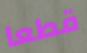
قطعا